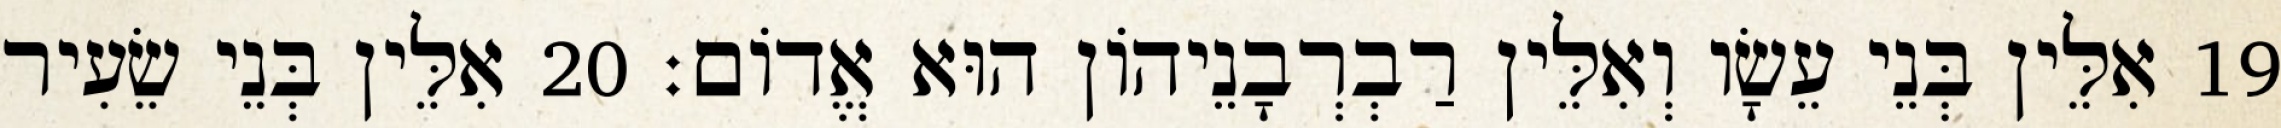
19 אִלֵּין בְּנֵי עֵשָׂו וְאִלֵּין רַבְרְבָנֵיהוֹן הוּא אֱדוֹם׃ 20 אִלֵּין בְּנֵי שֵׂעִיר